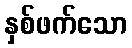
နှစ်ဖက်သော